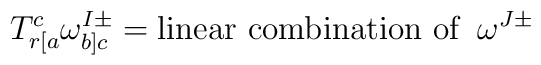
T^c_{r[a}\omega^{I\pm}_{b]c}=\mbox{linear combination of}\;\;\omega^{J\pm}